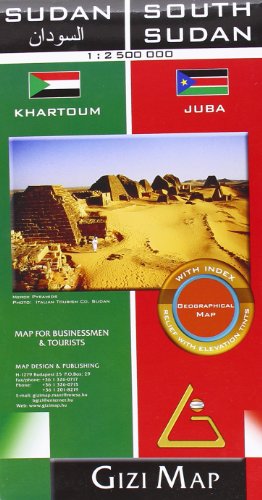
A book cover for Sudan & South Sudan Geographical; GiziMap (Firm); Travel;